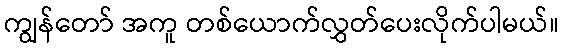
ကျွန်တော် အကူ တစ်ယောက်လွှတ်ပေးလိုက်ပါမယ်။